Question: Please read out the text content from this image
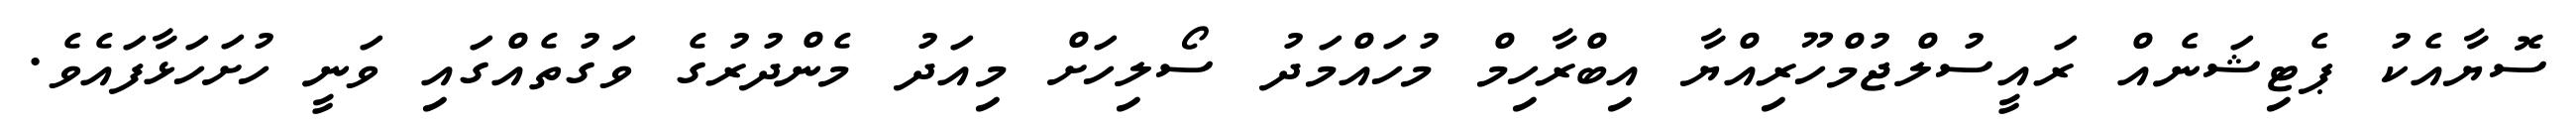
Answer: ސޮޔާއެކު ޕެޓިޝަނެއް ރައީސުލްޖުމްހޫރިއްޔާ އިބްރާހިމް މުހައްމަދު ސޯލިހަށް މިއަދު މެންދުރުގެ ވަގުތެއްގައި ވަނީ ހުށަހަޅާފައެވެ.